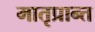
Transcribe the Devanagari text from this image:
मातृप्रान्त